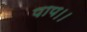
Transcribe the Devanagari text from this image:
पाप।।